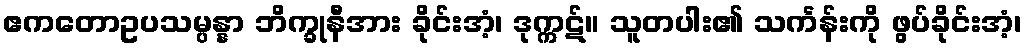
ဧကတောဥပသမ္ပန္နာ ဘိက္ခုနီအား ခိုင်းအံ့၊ ဒုက္ကဋ်။ သူတပါး၏ သင်္ကန်းကို ဖွပ်ခိုင်းအံ့၊